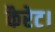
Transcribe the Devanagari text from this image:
कैरेट।